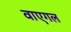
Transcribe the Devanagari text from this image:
वाएगल